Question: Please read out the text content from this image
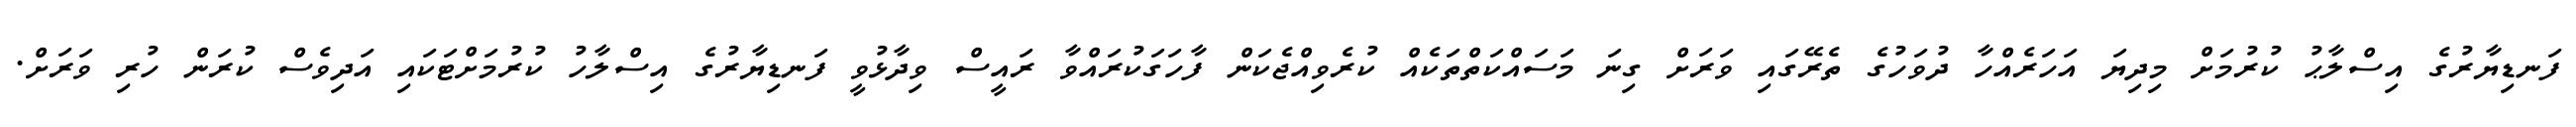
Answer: ފަނޑިޔާރުގެ އިސްލާޙު ކުރުމަށް މިދިޔަ އަހަރެއްހާ ދުވަހުގެ ތެރޭގައި ވަރަށް ގިނަ މަސައްކަތްތަކެއް ކުރެވިއްޖެކަން ފާހަގަކުރައްވާ ރައީސް ވިދާޅުވީ ފަނޑިޔާރުގެ އިސްލާހު ކުރުމަށްޓަކައި އަދިވެސް ކުރަން ހުރި ވަރަށް.